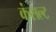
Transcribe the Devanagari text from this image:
कंसल्ट